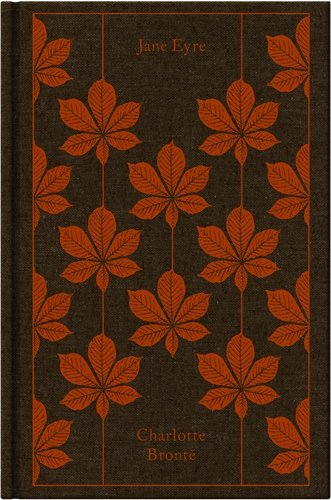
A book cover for Jane Eyre (Hardcover Classics); Charlotte Bronte; Romance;